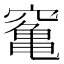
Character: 䆴